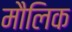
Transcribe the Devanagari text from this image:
माैलिक